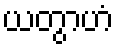
ယတွာဟံ